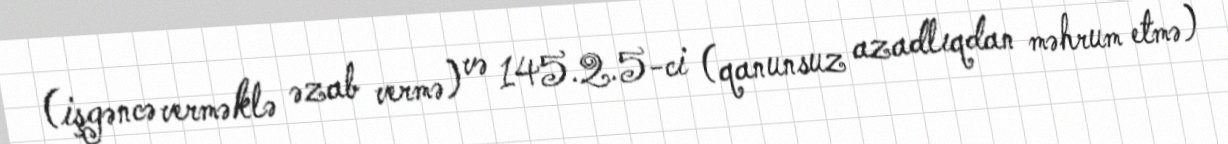
(işgəncə verməklə əzab vermə) və 145.2.5-ci (qanunsuz azadlıqdan məhrum etmə)